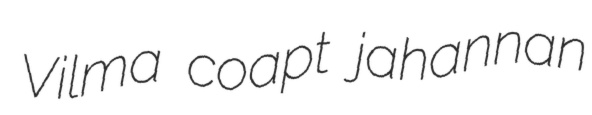
Vilma coapt jahannan